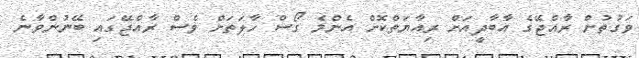
ވަގުތުން ރާއްޖޭގެ އާބާދީއަށް ރިއާޔަތްކޮށް އެންމެ ގޯސް ހާލަތަށް ވެސް ރާއްޖޭގައި ބޭނުންވާނެ